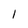
Character: I